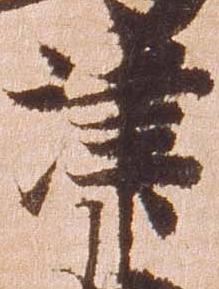
津